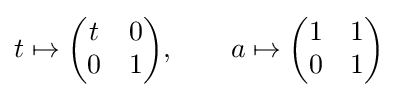
t\mapsto {\begin{pmatrix}t&0\\0&1\end{pmatrix}},\quad \quad a\mapsto {\begin{pmatrix}1&1\\0&1\end{pmatrix}}